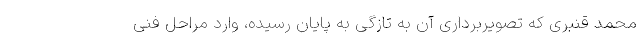
محمد قنبری که تصویربرداری آن به تازگی به پایان رسیده، وارد مراحل فنی